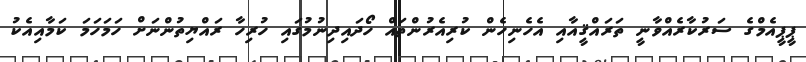
ޕީޕީއެމްގެ ސަރުކާރެއްވާނީ ތަރައްޤީއާއި އެހެނިހެން ކުރިއެރުންތައް ހޯދައިދިނުމުގައި ހުރިހާ ރައްޔިތުންނަށް ހަމަހަމަ ކަމާއިއެކު